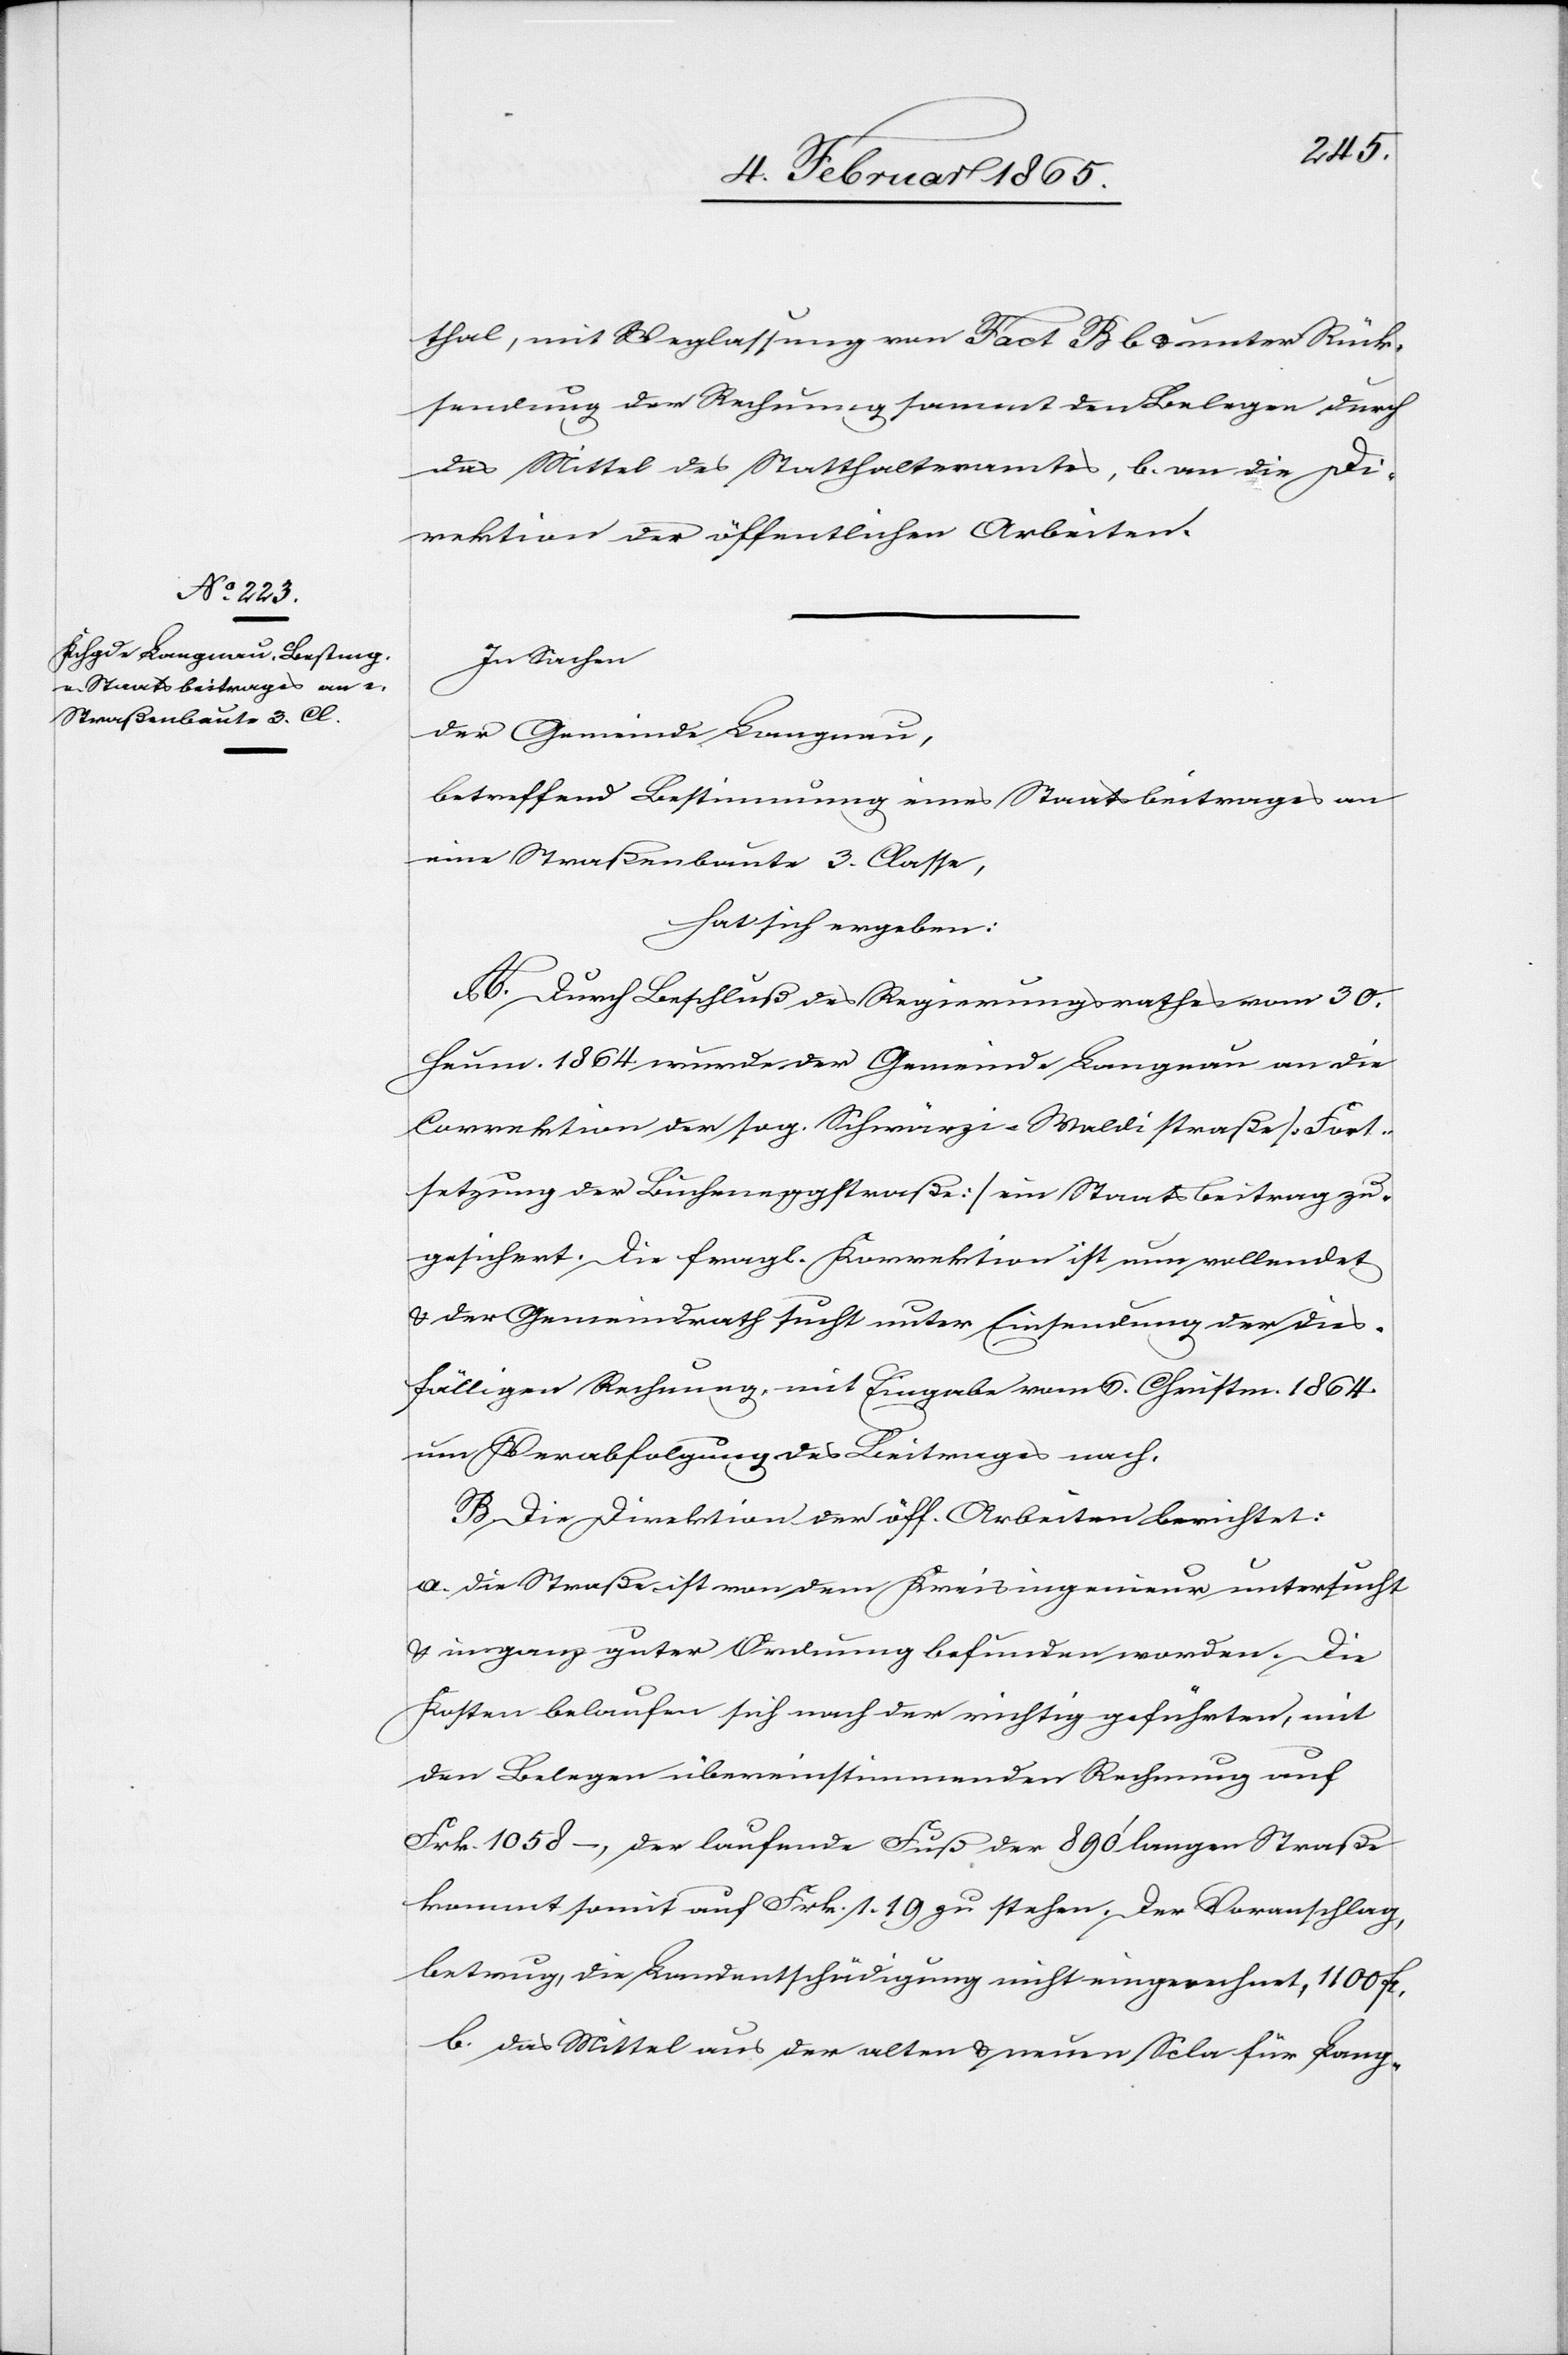
thal, mit Weglassung von Fact B b u. unter Rück¬
sendung der Rechnung sammt den Belegen durch
das Mittel des Statthalteramtes, b. an die Di¬
rektion der öffentlichen Arbeiten.
In Sachen
der Gemeinde Langnau,
betreffend Bestimmung eines Staatsbeitrages an
eine Straßenbaute 3. Classe,
hat sich ergeben:
A. Durch Beschluß des Regierungsrathes vom 30.
Heum. 1864 wurde der Gemeinde Langnau an die
Correktion der sog. Schwärzi-Waldistraße [Fort¬
setzung der Bucheneggstraße] ein Staatsbeitrag zu¬
gesichert. Die fragl. Korrektion ist nun vollendet
u. der Gemeindrath sucht unter Einsendung der dies¬
fälligen Rechnung, mit Eingabe vom 6. Christm. 1864
um Verabfolgung des Beitrages nach.
B. Die Direktion der öff. Arbeiten berichtet:
a. die Straße ist von dem Kreisingenieur untersucht
u. in ganz guter Ordnung befunden worden. Die
Kosten belaufen sich nach der richtig geführten, mit
den Belegen übereinstimmenden Rechnung auf
Frk. 1058 –, der laufende Fuß der 890’ langen Straße
kommt somit auf Frk. 1. 19 zu stehen. Der Voranschlag,
betrug, die Landentschädigung nicht eingerechnet, 1100 fr.
b. Das Mittel aus der alten u. neuen Sc[a]la für Lang-